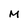
Character: M